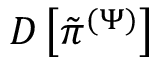
D \left[ \tilde { \pi } ^ { ( \Psi ) } \right]